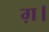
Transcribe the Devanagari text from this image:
ग़।